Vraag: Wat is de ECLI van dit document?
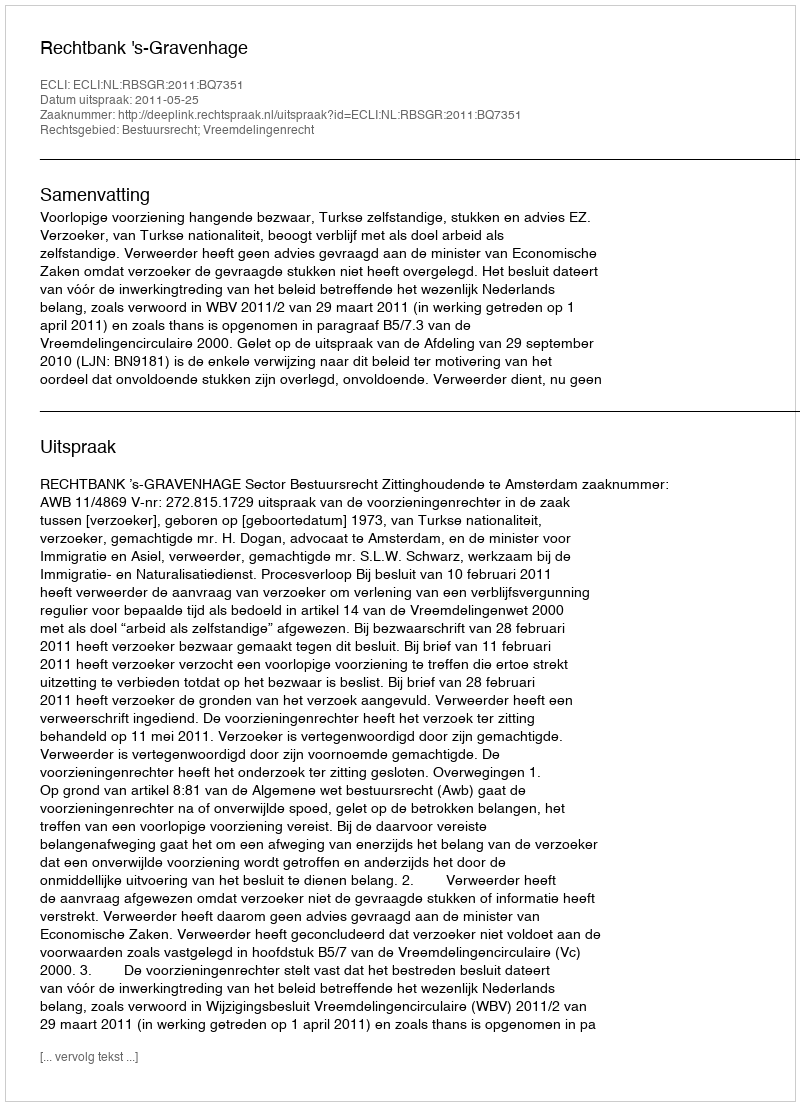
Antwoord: ECLI:NL:RBSGR:2011:BQ7351